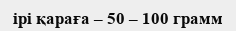
ірі қараға – 50 – 100 грамм